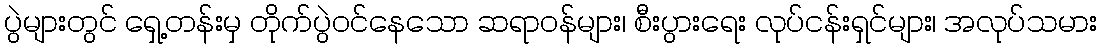
ပွဲများတွင် ရှေ့တန်းမှ တိုက်ပွဲဝင်နေသော ဆရာဝန်များ၊ စီးပွားရေး လုပ်ငန်းရှင်များ၊ အလုပ်သမား